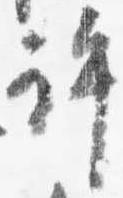
許